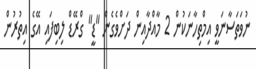
ނުވަތަސާނަވީ އިމްތިހާނަކުން 2 މާއްދާއިން ދަށްވެގެން "ޑީ" ގްރޭޑް ލިބިފައި އޭގެ އިތުރުން